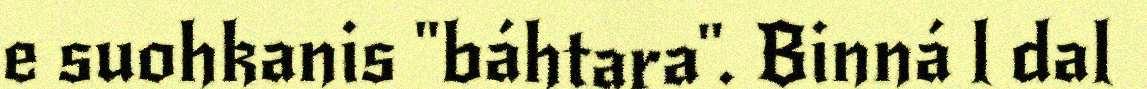
e suohkanis "báhtara". Binná l dal